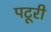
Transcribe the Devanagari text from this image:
पटूरी